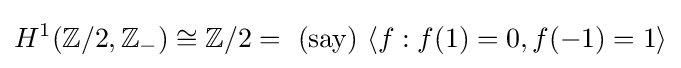
H^{1}(\mathbb {Z} /2,\mathbb {Z} _{-})\cong \mathbb {Z} /2={\rm {\ (say)\ {\it {}}}}\langle f:f(1)=0,f(-1)=1\rangle